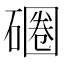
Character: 𰧚